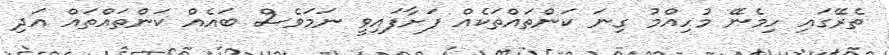
ތެރޭގައި ހިމެނޭ މުހިއްމު ގިނަ ކަންތައްތަކެއް ފަށާފައިވީ ނަމަވެސް ބައެއް ކަންތައްތައް އަދި